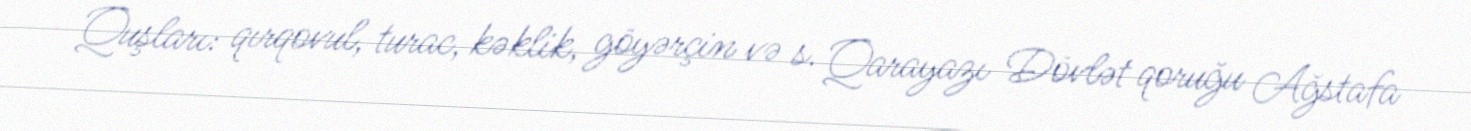
Quşları: qırqovul, turac, kəklik, göyərçin və s. Qarayazı Dövlət qoruğu Ağstafa